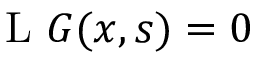
\quad \operatorname { L } \, G ( x , s ) = 0